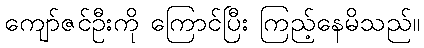
ကျော်ဇင်ဦးကို ကြောင်ပြီး ကြည့်နေမိသည်။